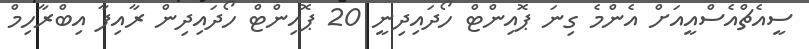
ސީއެޗްއެސްއީއަށް އެންމެ ގިނަ ޕޮއިންޓް ހޯދައިދިނީ 20 ޕޮއިންޓް ހޯދައިދިން ރާއިފާ އިބްރާހިމް